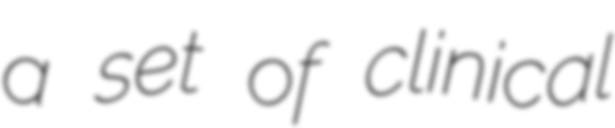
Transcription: a set of clinical